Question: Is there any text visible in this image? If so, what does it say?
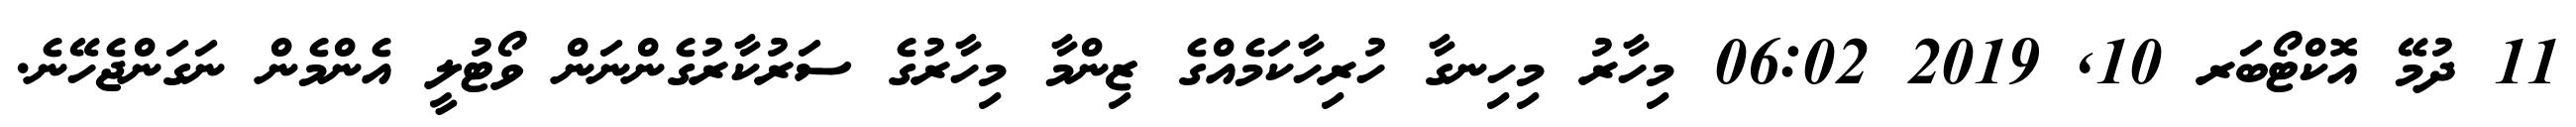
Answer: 11 ދުމޭ އޮކްޓޯބަރ 10, 2019 06:02 މިހާރު މިހިނގާ ހުރިހާކަމެއްގެ ޒިންމާ މިހާރުގެ ސަރުކާރުގެންނަން ވޯޓުލީ އެންމެން ނަގަންޖެހޭނެ.